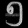
Digit: ၅